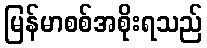
မြန်မာစစ်အစိုးရသည်